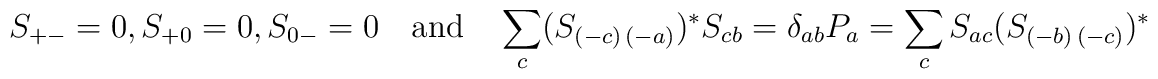
S_{+-}=0,\>S_{+0}=0,\>S_{0-}=0\quad \mathrm{and}\quad\sum_{c}(S_{(-c)\,(-a)})^{\ast }S_{cb}=\delta_{ab}P_{a}=\sum_{c}S_{ac}(S_{(-b)\,(-c)})^{\ast }